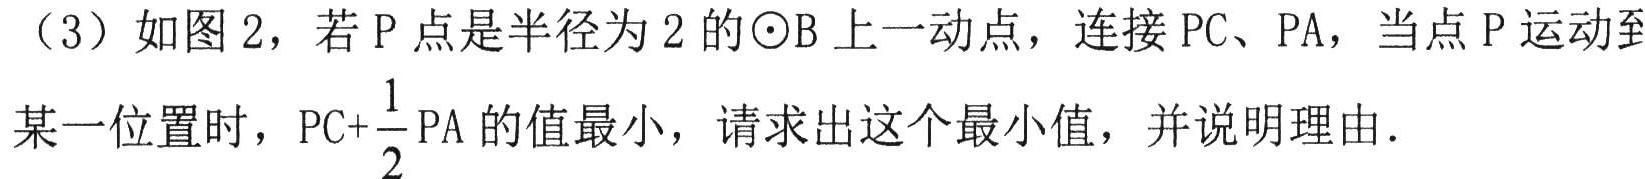
（3）如图 2，若 \(P\) 点是半径为 \(2\) 的 \(\odot B\) 上一动点，连接 \(PC、PA\)，当点 \(P\) 运动到
某一位置时，\(PC + \dfrac{1}{2}PA\) 的值最小，请求出这个最小值，并说明理由.